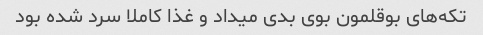
تکه‌های بوقلمون بوی بدی میداد و غذا کاملا سرد شده بود